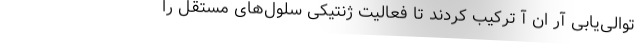
توالی‌یابی آر ان آ ترکیب کردند تا فعالیت ژنتیکی سلول‌های مستقل را